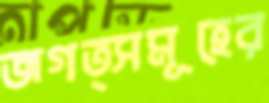
জগত্সমূহের